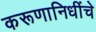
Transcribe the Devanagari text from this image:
करूणानिधींचे